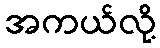
အကယ်လို့